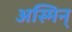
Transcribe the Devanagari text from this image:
अस्मिन्